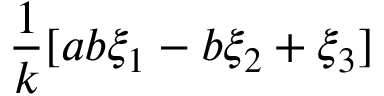
\frac { 1 } { k } [ a b \xi _ { 1 } - b \xi _ { 2 } + \xi _ { 3 } ]